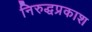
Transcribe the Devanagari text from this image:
निरुद्धप्रकाश